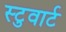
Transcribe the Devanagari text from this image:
स्टुवार्ट